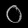
Digit: ၀